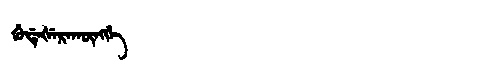
Manchu: ᡤᡠᡩᡝᡧᡝᡵᠠᡴᡡᠩᡤᡝ
Romanization: GUDEŠERAKŪNGGE